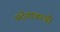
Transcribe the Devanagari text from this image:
प्रदेशावरची